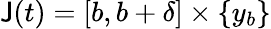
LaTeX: \mathsf{J}(t)=[b,b+\delta]\times\{ y_{b}\}